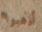
أذهبوا